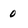
Character: 0